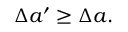
\Delta a ^ { \prime } \geq \Delta a .